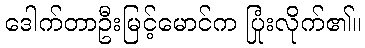
ဒေါက်တာဦးမြင့်မောင်က ပြုံးလိုက်၏။